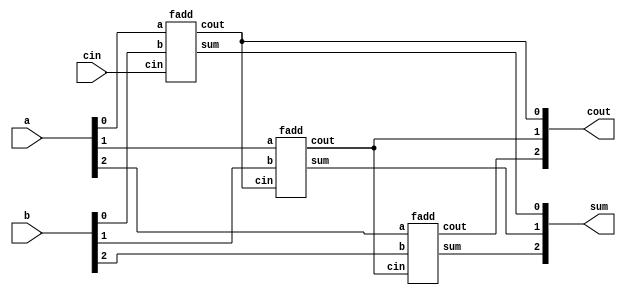
module top_module( 
    input [2:0] a, b,
    input cin,
    output [2:0] cout,
    output [2:0] sum );

    fadd add0(a[0], b[0], cin, cout[0], sum[0]);

    generate
        genvar i;
        for (i = 1; i < 3; i = i + 1) begin: loop
            fadd add_i(a[i], b[i], cout[i-1], cout[i], sum[i]);
        end
    endgenerate

endmodule

module fadd( 
    input a, b, cin,
    output cout, sum );

    assign {cout, sum} = a + b + cin;
    
    
endmodule